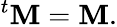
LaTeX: {}^{t}\mathbf{M}=\mathbf{M}.